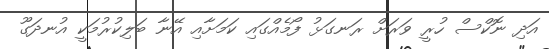
އަދި ނޮކްސް ހުރީ ވަރަށް ރަނގަޅު ފޯމެއްގައި ކަމަށާއި އޭނާ ބަލިކުރުމަކީ އުނދަގޫ